Annual report of lunatic asylums [Bombay] - 1912-1922
Year: 1912
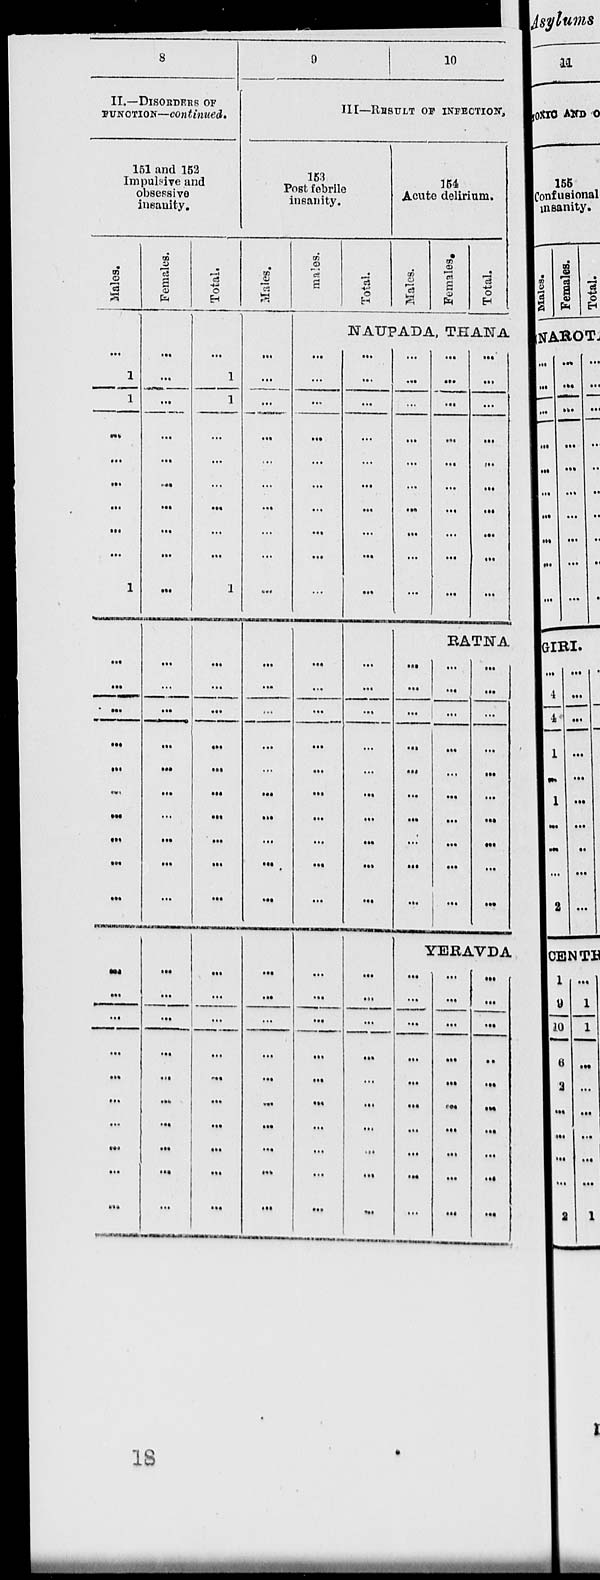
8
II.—DISORDERS OF
FUNCTION—continued.
151 and 152
Impulsive and
obsessive
insanity.
Males.
...
1
1
...
...
...
...
...
...
1
...
...
...
...
...
...
...
...
...
...
...
...
...
...
...
...
...
...
...
...
Females.
...
...
...
...
...
...
...
...
...
...
...
...
...
...
...
...
...
...
...
...
...
...
...
...
...
...
...
...
...
...
Total.
...
1
1
...
...
...
...
...
...
1
...
...
...
...
...
...
...
...
...
...
...
...
...
...
...
...
...
...
...
...
9
10
III—RESULT OF INFECTION,
153
Post febrile
insanity.
Males.
...
...
...
...
...
...
...
...
...
...
...
...
...
...
...
...
...
...
...
...
...
...
...
...
...
...
...
...
...
...
Males.
Total.
154
Acute delirium.
Males.
Females.
Total.
NAUPADA, THANA
...
...
...
...
...
...
...
...
...
...
...
...
...
...
...
...
...
...
...
...
...
...
...
...
...
...
...
...
...
...
...
...
...
...
...
...
...
...
...
...
...
...
...
...
...
...
...
...
...
...
...
...
...
...
...
...
...
...
...
...
...
...
...
...
...
...
...
...
...
...
...
...
...
...
...
...
...
...
...
...
...
...
...
...
...
...
...
...
...
RATNA
...
...
...
...
...
...
...
...
...
...
...
...
...
...
...
...
...
...
...
...
...
...
...
...
...
...
...
...
...
...
YERAVDA
...
...
...
...
...
...
...
...
...
...
...
...
...
...
...
...
...
...
...
...
...
...
...
...
...
...
...
...
...
...
18